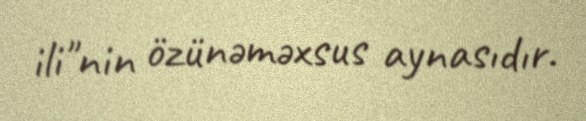
ili"nin özünəməxsus aynasıdır.